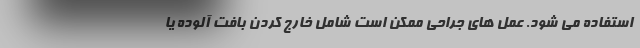
استفاده می شود. عمل های جراحی ممکن است شامل خارج کردن بافت آلوده یا